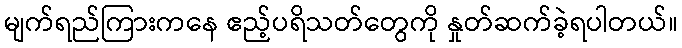
မျက်ရည်ကြားကနေ ဧည့်ပရိသတ်တွေကို နှုတ်ဆက်ခဲ့ရပါတယ်။